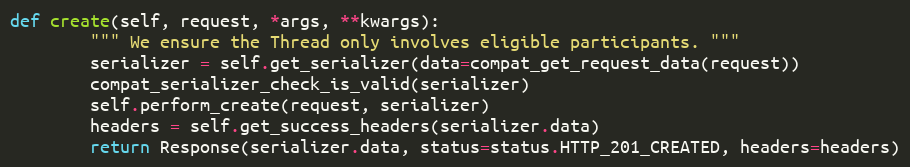
Language: Python
def create(self, request, *args, **kwargs):
        """ We ensure the Thread only involves eligible participants. """
        serializer = self.get_serializer(data=compat_get_request_data(request))
        compat_serializer_check_is_valid(serializer)
        self.perform_create(request, serializer)
        headers = self.get_success_headers(serializer.data)
        return Response(serializer.data, status=status.HTTP_201_CREATED, headers=headers)